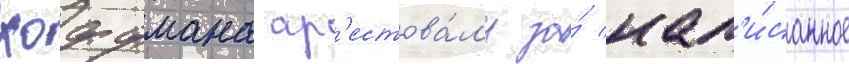
хоффмана ар'естова́л'и за́ нап'и́санное